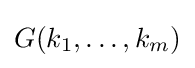
G(k_{1},\dots ,k_{m})